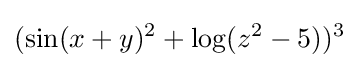
(\sin(x+y)^{2}+\log(z^{2}-5))^{3}